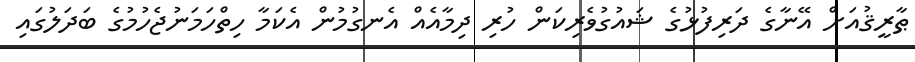
ޠާރީޤުއަށް އޭނާގެ ދަރިފުޅުގެ ޝައުގުވެރިކަން ހުރި ދިމާއެއް އެނގުމުން އެކަމާ ހިތްހަމަނުޖެހުމުގެ ބަދަލުގައި